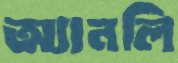
অ্যানলি